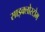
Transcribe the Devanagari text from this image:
साइक्लोस्टोम